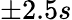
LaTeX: \pm 2.5s